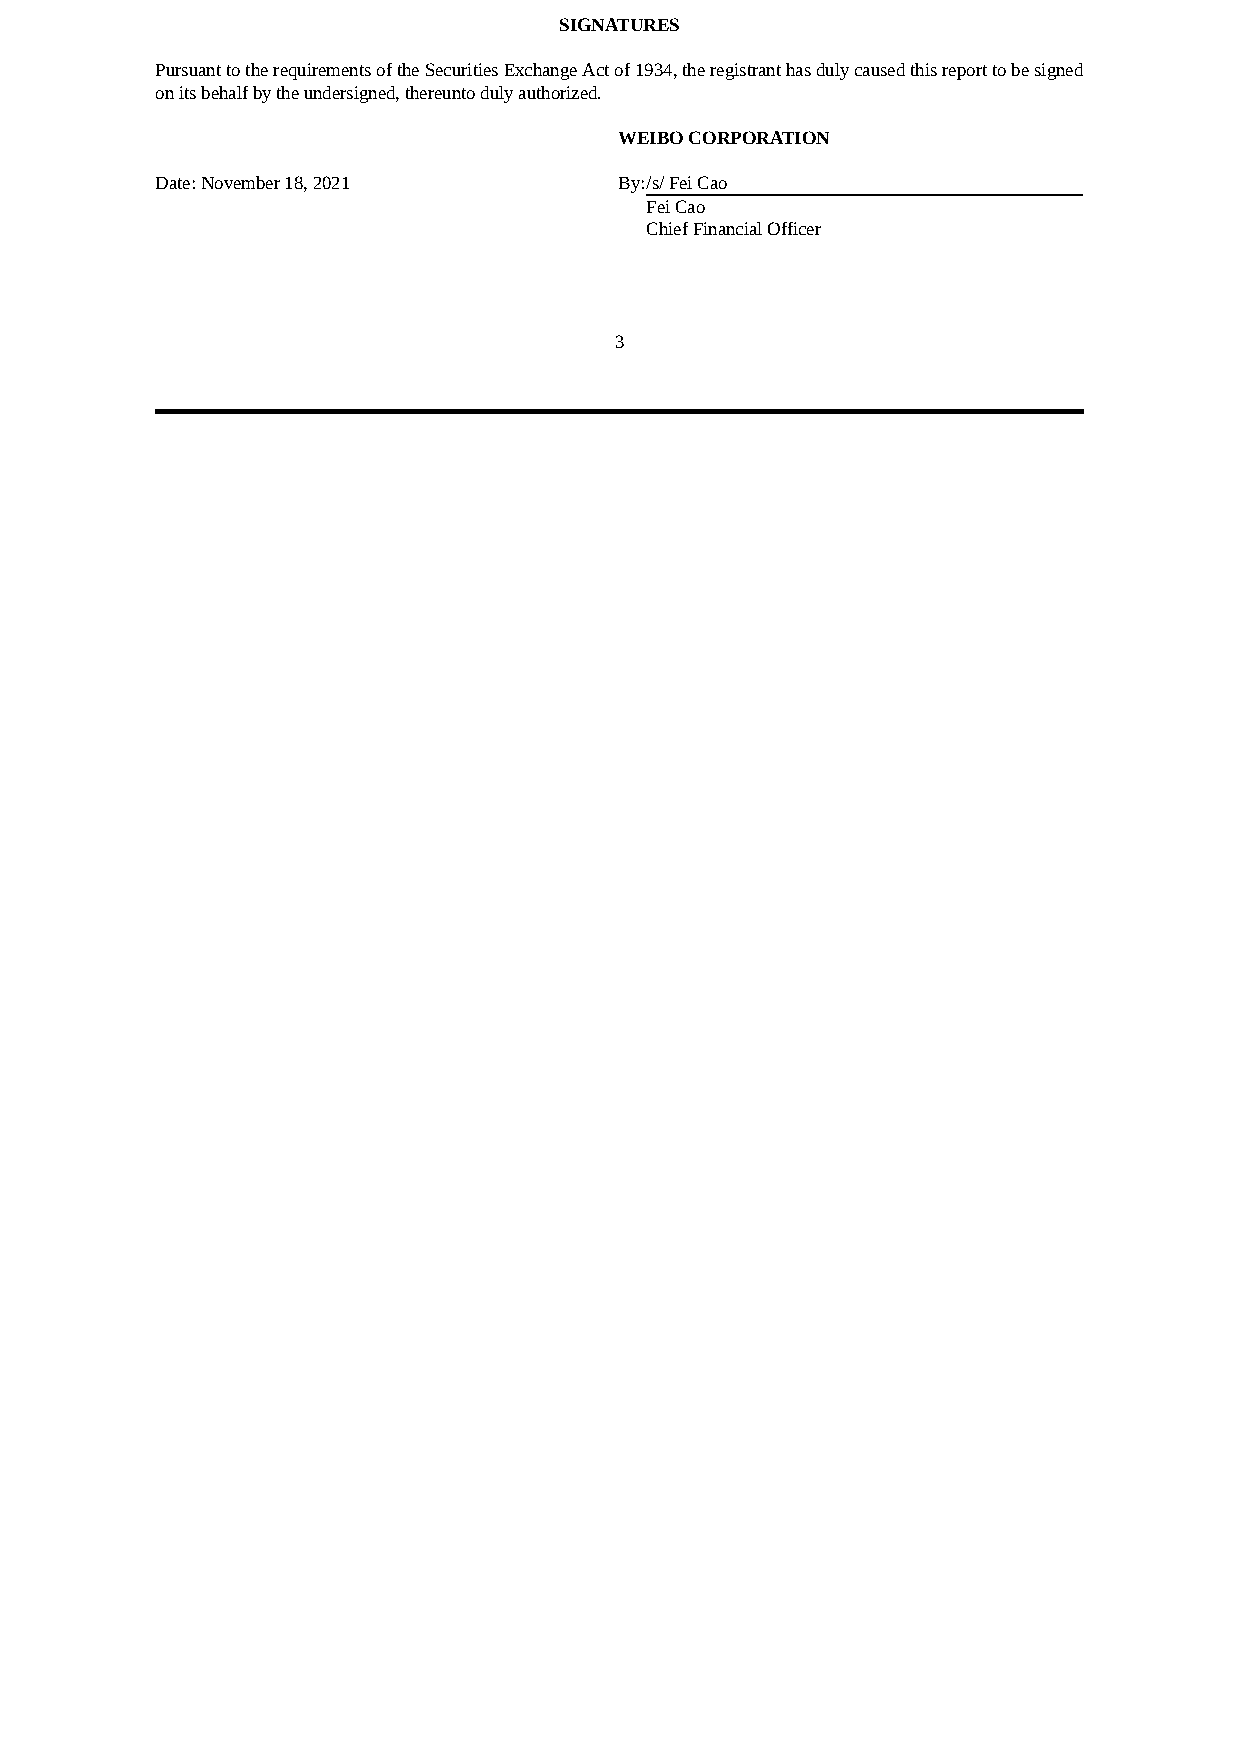
SIGNATURES
 Pursuant to the requirements of the Securities Exchange Act of 1934, the registrant has duly caused this report to be signed
 on its behalf by the undersigned, thereunto duly authorized.
 WEIBO CORPORATION
 Date: November 18, 2021        By:/s/ Fei Cao
 Fei Cao
 Chief Financial Officer
 3